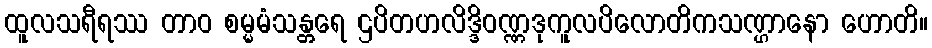
ထူလသရီရဿ တာဝ စမ္မမံသန္တရေ ဌပိတဟလိဒ္ဒိဝဏ္ဏဒုကူလပိလောတိကသဏ္ဌာနော ဟောတိ။